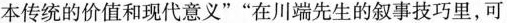
本传统的价值和现代意义””在川端先生的叙事技巧里，可